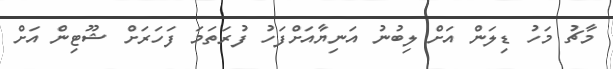
މާޗު މަހު ޑިލަން އަށް ލިބުނު އަނިޔާއަށްފަހު ފުރަތަމަ ފަހަރަށް ޝޫޓިން އަށް